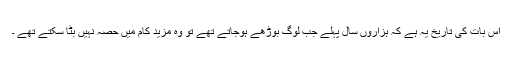
اس بات کی تاریخ یہ ہے کہ ہزاروں سال پہلے جب لوگ بوڑھے ہوجاتے تھے تو وہ مزید کام میں حصہ نہیں بٹا سکتے تھے ۔